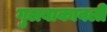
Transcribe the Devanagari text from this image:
गुलबाकावली